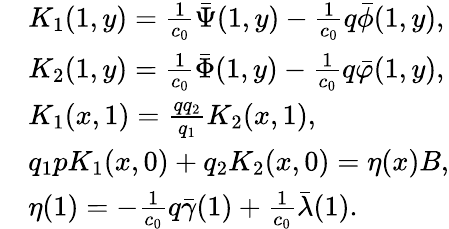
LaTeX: \begin{array}{rl}&{K_{1}(1,y)=\frac{1}{c_{0}}{\bar{\Psi}}(1,y)-\frac{1}{c_{0}}q{\bar{\phi}}(1,y),}\\ &{K_{2}(1,y)=\frac{1}{c_{0}}{\bar{\Phi}}(1,y)-\frac{1}{c_{0}}q{\bar{\varphi}}(1,y),}\\ &{K_{1}(x,1)=\frac{qq_{2}}{q_{1}}K_{2}(x,1),}\\ &{q_{1}pK_{1}(x,0)+q_{2}K_{2}(x,0)=\eta(x)B,}\\ &{\eta(1)=-\frac{1}{c_{0}}q\bar{\gamma}(1)+\frac{1}{c_{0}}\bar{\lambda}(1).}\end{array}